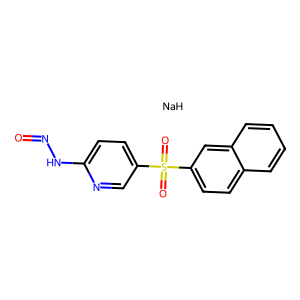
SMILES: O=NNc1ccc(S(=O)(=O)c2ccc3ccccc3c2)cn1.[NaH]
Inhibits HIV replication: No